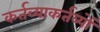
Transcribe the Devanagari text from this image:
कर्तव्याकर्तव्यों